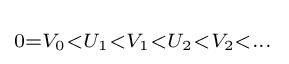
\scriptstyle 0=V_{0}<U_{1}<V_{1}<U_{2}<V_{2}<\dots